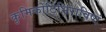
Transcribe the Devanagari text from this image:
कृमिकोटिभिराविष्टं